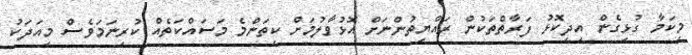
މިކަމާ ގުޅިގެން އިދިކޮޅު ފަރާތްތަކުން ރައްޔިތުންނަށް އޮޅުވާލުމަށް ކިތަންމެ މަސައްކަތެއް ކުރިނަމަވެސް މިއަދަކު